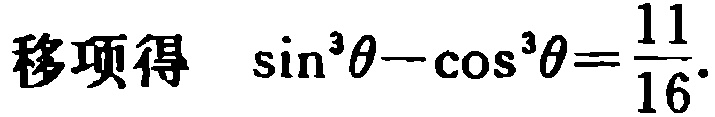
移项得 \(\sin^{3}\theta - \cos^{3}\theta=\frac{11}{16}\)